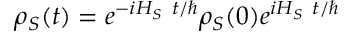
\rho _ { S } ( t ) = e ^ { - i H _ { S } ~ t / \hbar } \rho _ { S } ( 0 ) e ^ { i H _ { S } ~ t / \hbar }